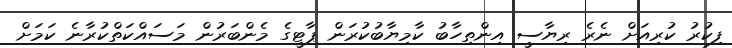
ފިކުރު ކުރިއަށް ނެރެ ރިޔާސީ އިންތިހާބު ކާމިޔާބުކުރަން ޕާޓީގެ މެންބަރުން މަސައްކަތްކުރާނެ ކަމަށް